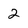
Character: 2